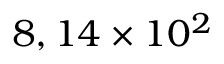
8 , 1 4 \times 1 0 ^ { 2 }